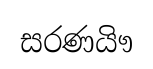
සරණයිෟ